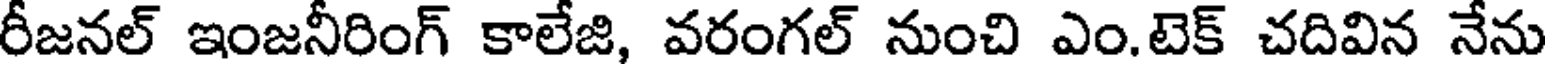
రీజనల్ ఇంజనీరింగ్ కాలేజి, వరంగల్ నుంచి ఎం.టెక్ చదివిన నేను